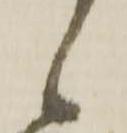
候